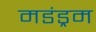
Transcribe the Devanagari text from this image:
मडंड्रम